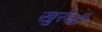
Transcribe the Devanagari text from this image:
खुर्रदद्बी